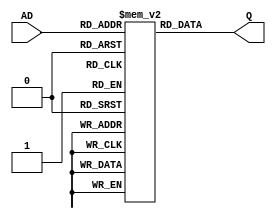
module rom_8bit_16word(AD, Q);
    input [3:0] AD;
    output [7:0] Q;
    reg [7:0] q[0:15];
    assign Q = q[AD];
    
    // TODO: modify here
    initial begin
        q[4'b0000] <= 8'b10010000;
        q[4'b0001] <= 8'b01100001;
        q[4'b0010] <= 8'b10110000;
    end
endmodule

module programCounter(CK, LD_PC, AD, OUT);
    input CK, LD_PC;
    input [3:0] AD;
    output [3:0] OUT;
    reg [3:0] q;
    initial q <= 4'd0;

    always @(posedge CK)
        q <= (LD_PC) ? AD : q + 4'd1;

    assign OUT = q;
endmodule

module register(CK, LD, BUS,
OUT);
    input CK, LD;
    input [3:0] BUS;
    output [3:0] OUT;
    reg [3:0] q;
    initial q <= 4'd0;

    always @(posedge CK)
        if(LD)
            q <= BUS;

    assign OUT = q;
endmodule

module selector(C0, C1, C2, C3,
S, Y);
    input [1:0] S;
    input [3:0] C0, C1, C2, C3;
    output [3:0] Y;

    assign Y = (S == 2'd0) ? C0 :
        (S == 2'd1) ? C1 :
        (S == 2'd2) ? C2 : C3;
endmodule

module registers(CK, LD_A, LD_B, LD_out, BUS,
A_out, B_out, O_out);
    input CK, LD_A, LD_B, LD_out;
    input [3:0] BUS;
    output [3:0] A_out, B_out, O_out;

    register A_register (CK, LD_A, BUS, A_out);
    register B_register (CK, LD_B, BUS, B_out);
    register output_register (CK, LD_out, BUS, O_out);
endmodule

module adder_4bit(Y, IM, BUS, cFlag);
    input [3:0] Y, IM;
    output [3:0] BUS;
    output cFlag;
    wire [4:0] add;

    assign add = Y + IM;
    assign BUS = add[3:0];
    assign cFlag = (add > 4'd15) ? 1'b1 : 1'b0;
endmodule

module dff(input D, input CK, output DCF);
    reg q;

    initial q <= 1'b0;

    always @(posedge CK) q <= D;

    assign DCF = q;
endmodule

module decoder(LD_A, LD_B, LD_out, LD_PC, S, OP, Dcf);
    output LD_A, LD_B, LD_out, LD_PC;
    output [1:0] S;
    input [3:0] OP;
    input Dcf;
    reg [5:0] mem[0:25];

    assign LD_A = mem[{OP,Dcf}] >> 5;
    assign LD_B = mem[{OP,Dcf}] >> 4;
    assign LD_out = mem[{OP,Dcf}] >> 3;
    assign LD_PC = mem[{OP,Dcf}] >> 2;
    assign S = mem[{OP,Dcf}];

    // Micro Program
    initial begin
        mem[{5'b00000}] <= 6'b000000;
        mem[{5'b00001}] <= 6'b000000;
        mem[{5'b00010}] <= 6'b100000;
        mem[{5'b00011}] <= 6'b100000;
        mem[{5'b00100}] <= 6'b100001;
        mem[{5'b00101}] <= 6'b100001;
        mem[{5'b00110}] <= 6'b100010;
        mem[{5'b00111}] <= 6'b100010;
        mem[{5'b01000}] <= 6'b100011;
        mem[{5'b01001}] <= 6'b100011;
        mem[{5'b01010}] <= 6'b010000;
        mem[{5'b01011}] <= 6'b010000;
        mem[{5'b01100}] <= 6'b010001;
        mem[{5'b01101}] <= 6'b010001;
        mem[{5'b01110}] <= 6'b010010;
        mem[{5'b01111}] <= 6'b010010;
        mem[{5'b10000}] <= 6'b010011;
        mem[{5'b10001}] <= 6'b010011;
        mem[{5'b10010}] <= 6'b001001;
        mem[{5'b10011}] <= 6'b001001;
        mem[{5'b10100}] <= 6'b001011;
        mem[{5'b10101}] <= 6'b001011;
        mem[{5'b10110}] <= 6'b000111;
        mem[{5'b10111}] <= 6'b000111;
        mem[{5'b11000}] <= 6'b000111;
        mem[{5'b11001}] <= 6'b000000;
    end
endmodule

module testbench;
    wire [3:0] IM, OP, Aout, Bout, Oout, BUS, Y, address;
    wire LD_A, LD_B, LD_out, LD_PC;
    wire [7:0] op_im;
    wire [1:0] S;
    wire cFlag, Dcf;
    reg CK;
    initial begin
        $monitor("Address:%d OP:%b IM:%b S:%b LD_A:%b LD_B:%b LD_out:%b LD_PC:%b Aout:%b Bout:%b Oout:%b cFlag: %b, Dcf:%b", address, OP, IM, S, LD_A, LD_B, LD_out, LD_PC, Aout, Bout, Oout, cFlag, Dcf);
        CK <= 1'b0;

        // TODO: Change as needed
        #100 $finish;
    end

    always #1
        CK <= ~CK;

    rom_8bit_16word memory(address, op_im);
    assign IM = op_im;
    assign OP = (op_im >> 4);
    registers registers(CK, LD_A, LD_B, LD_out, BUS, Aout, Bout, Oout);
    selector selector(Aout, Bout, 4'b0101, 4'd0, S, Y);
    adder_4bit alu (Y, IM, BUS, cFlag);
    dff dff(cFlag, CK, Dcf);
    decoder decoder(LD_A, LD_B, LD_out, LD_PC, S, OP, Dcf);
    programCounter programCounter(CK, LD_PC, IM, address);
endmodule